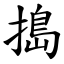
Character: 搗